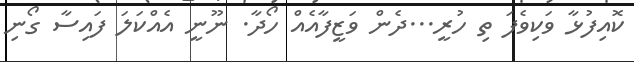
ކޮއިފުޅާ ވަކިވެފަ ތި ހުރީ...ދެން ވަޒީފާއެއް ހޯދާ. ނޫނީ އެއްކަލަ ފައިސާ ގޯނި